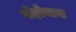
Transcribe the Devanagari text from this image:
पोहोचावा